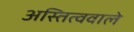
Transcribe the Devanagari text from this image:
अस्तित्ववाले